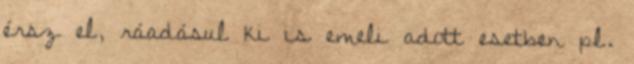
érsz el, ráadásul ki is emeli adott esetben pl.